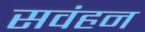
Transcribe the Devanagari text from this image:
सवंहन